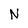
Character: N